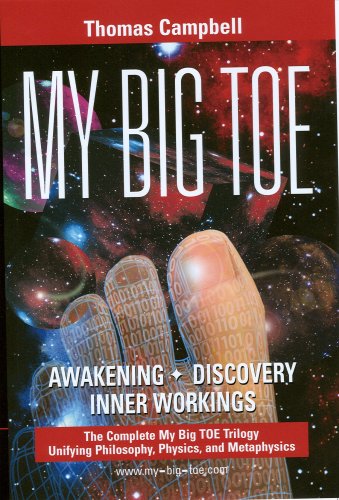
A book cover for My Big TOE - The Complete Trilogy; Thomas Campbell; Science & Math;